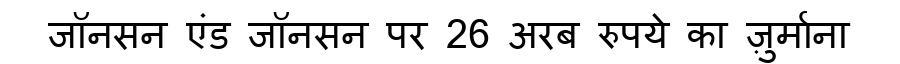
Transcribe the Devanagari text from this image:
जॉनसन एंड जॉनसन पर 26 अरब रुपये का ज़ुर्माना